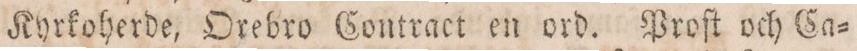
Kyrkoherde, Orebro Contract en ord. Proſt och Ca=